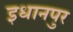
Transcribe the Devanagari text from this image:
इधानपुर